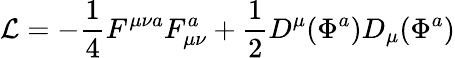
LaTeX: {\cal L}=-{\frac{1}{4}}F^{\mu\nu a}F_{\mu\nu}^{a}+{\frac{1}{2}}D^{\mu}(\Phi^{a})D_{\mu}(\Phi^{a})